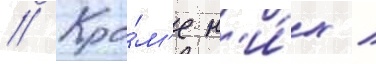
// Кро́м'е н'и́х /